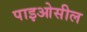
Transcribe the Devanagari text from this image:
पाइओसील